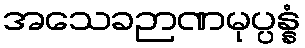
အသေခဉာဏမုပ္ပန္နံ